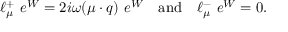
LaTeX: \ell _ { \mu } ^ { + } ~ e ^ { W } = 2 i \omega ( \mu \cdot q ) ~ e ^ { W } \quad \mathrm { a n d } \quad \ell _ { \mu } ^ { - } ~ e ^ { W } = 0 .